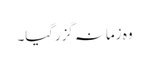
وہ زمانہ گزرگیا۔